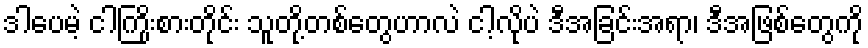
ဒါပေမဲ့ ငါကြိုးစားတိုင်း သူတို့တစ်တွေဟာလဲ ငါ့လိုပဲ ဒီအခြင်းအရာ၊ ဒီအဖြစ်တွေကို